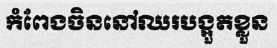
កំពែងចិននៅឈរបង្អួតខ្លួន